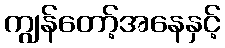
ကျွန်တော့်အနေနှင့်